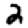
Digit: 2